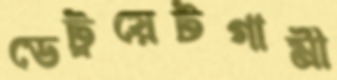
ডেট্রয়েটগামী